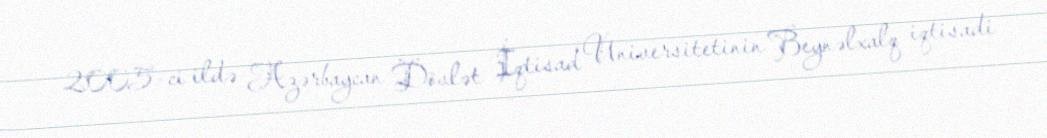
2005-ci ildə Azərbaycan Dövlət İqtisad Universitetinin Beynəlxalq iqtisadi